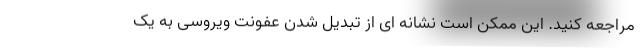
مراجعه کنید. این ممکن است نشانه ای از تبدیل شدن عفونت ویروسی به یک